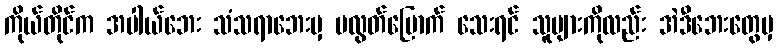
ကိုယ်တိုင်က အပါယ်ဘေး သံသရာဘေးမှ မလွတ်မြောက် သေးရင် သူများကိုလည်း အဲဒီဘေးတွေမှ